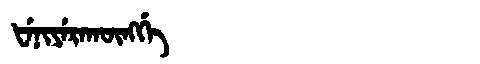
Manchu: ᡶᡝᠨᡳᠶᡝᡵᠠᡴᡡᠩᡤᡝ
Romanization: FENIYERAKŪNGGE